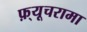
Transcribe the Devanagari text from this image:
फ़्यूचरामा